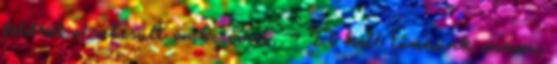
földről a sebesült emberemet. – El kell tűnnünk innen,